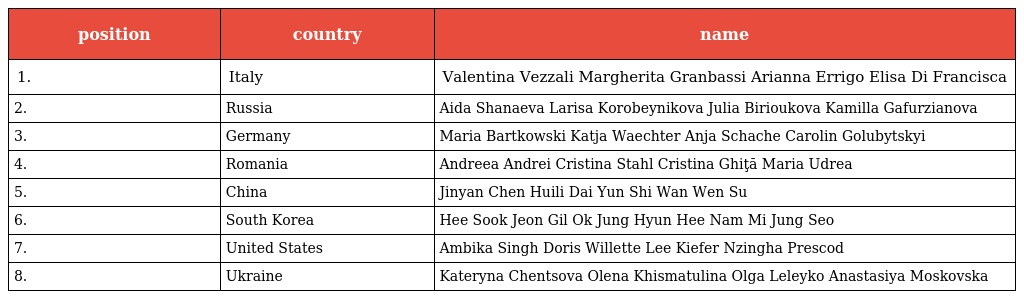
| position | country | name |
 | --- | --- | --- |
 | 1. | Italy | Valentina Vezzali Margherita Granbassi Arianna Errigo Elisa Di Francisca |
 | 2. | Russia | Aida Shanaeva Larisa Korobeynikova Julia Birioukova Kamilla Gafurzianova |
 | 3. | Germany | Maria Bartkowski Katja Waechter Anja Schache Carolin Golubytskyi |
 | 4. | Romania | Andreea Andrei Cristina Stahl Cristina Ghiţă Maria Udrea |
 | 5. | China | Jinyan Chen Huili Dai Yun Shi Wan Wen Su |
 | 6. | South Korea | Hee Sook Jeon Gil Ok Jung Hyun Hee Nam Mi Jung Seo |
 | 7. | United States | Ambika Singh Doris Willette Lee Kiefer Nzingha Prescod |
 | 8. | Ukraine | Kateryna Chentsova Olena Khismatulina Olga Leleyko Anastasiya Moskovska |